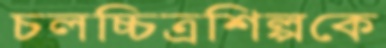
চলচ্চিত্রশিল্পকে